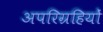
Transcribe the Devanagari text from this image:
अपरिग्रहियों